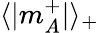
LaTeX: \langle|m_{A}^{+}|\rangle_{+}